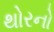
થોરનો